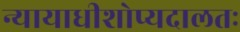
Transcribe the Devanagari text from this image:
न्यायाधीशोप्यदालतः